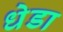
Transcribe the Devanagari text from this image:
धेडा